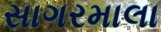
સાગરમાલા